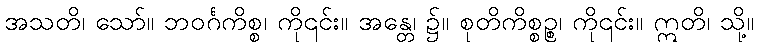
အသတိ၊ သော်။ ဘဝင်္ဂကိစ္စ၊ ကို၎င်း။ အန္တေ၊ ၌။ စုတိကိစ္စဉ္စ၊ ကို၎င်း။ ဣတိ၊ သို့။